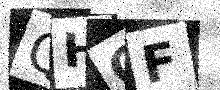
Text: QHOF